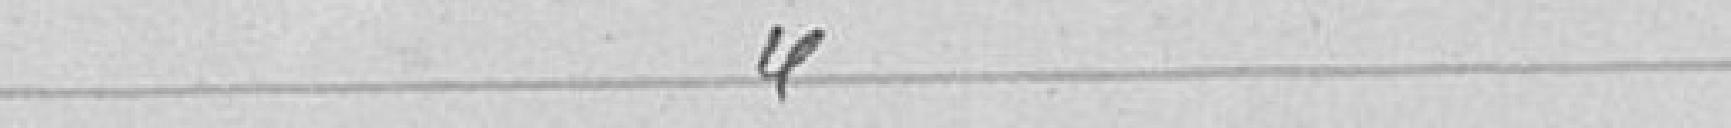
"